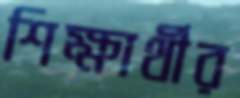
শিক্ষার্থীর